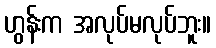
ဟွန်းက အလုပ်မလုပ်ဘူး။